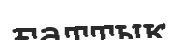
ғаттық